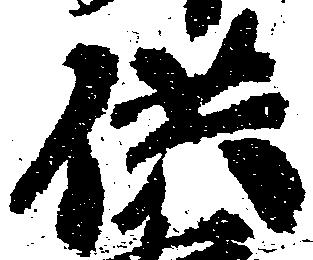
供